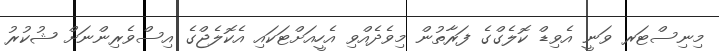
މިނިސްޓަރ ވަނީ އެވިޑް ކޮލެގްގެ ފަރާތުން މިވެދެއްވި އެހީއަށްޓަކައި އެކޮލެޖްގެ އިސްވެރިންނަށް ޝުކުރު